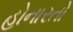
હોનારતો